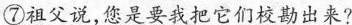
⑦祖父说，您是要我把它们校勘出来？